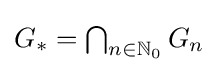
{\textstyle G_{\ast }=\bigcap _{n\in \mathbb {N} _{0}}G_{n}}